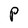
Character: P